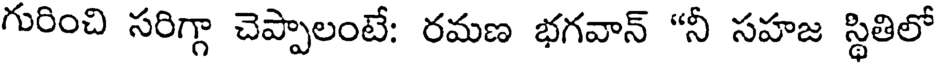
గురించి సరిగ్గా చెప్పాలంటే: రమణ భగవాన్ "నీ సహజ స్థితిలో